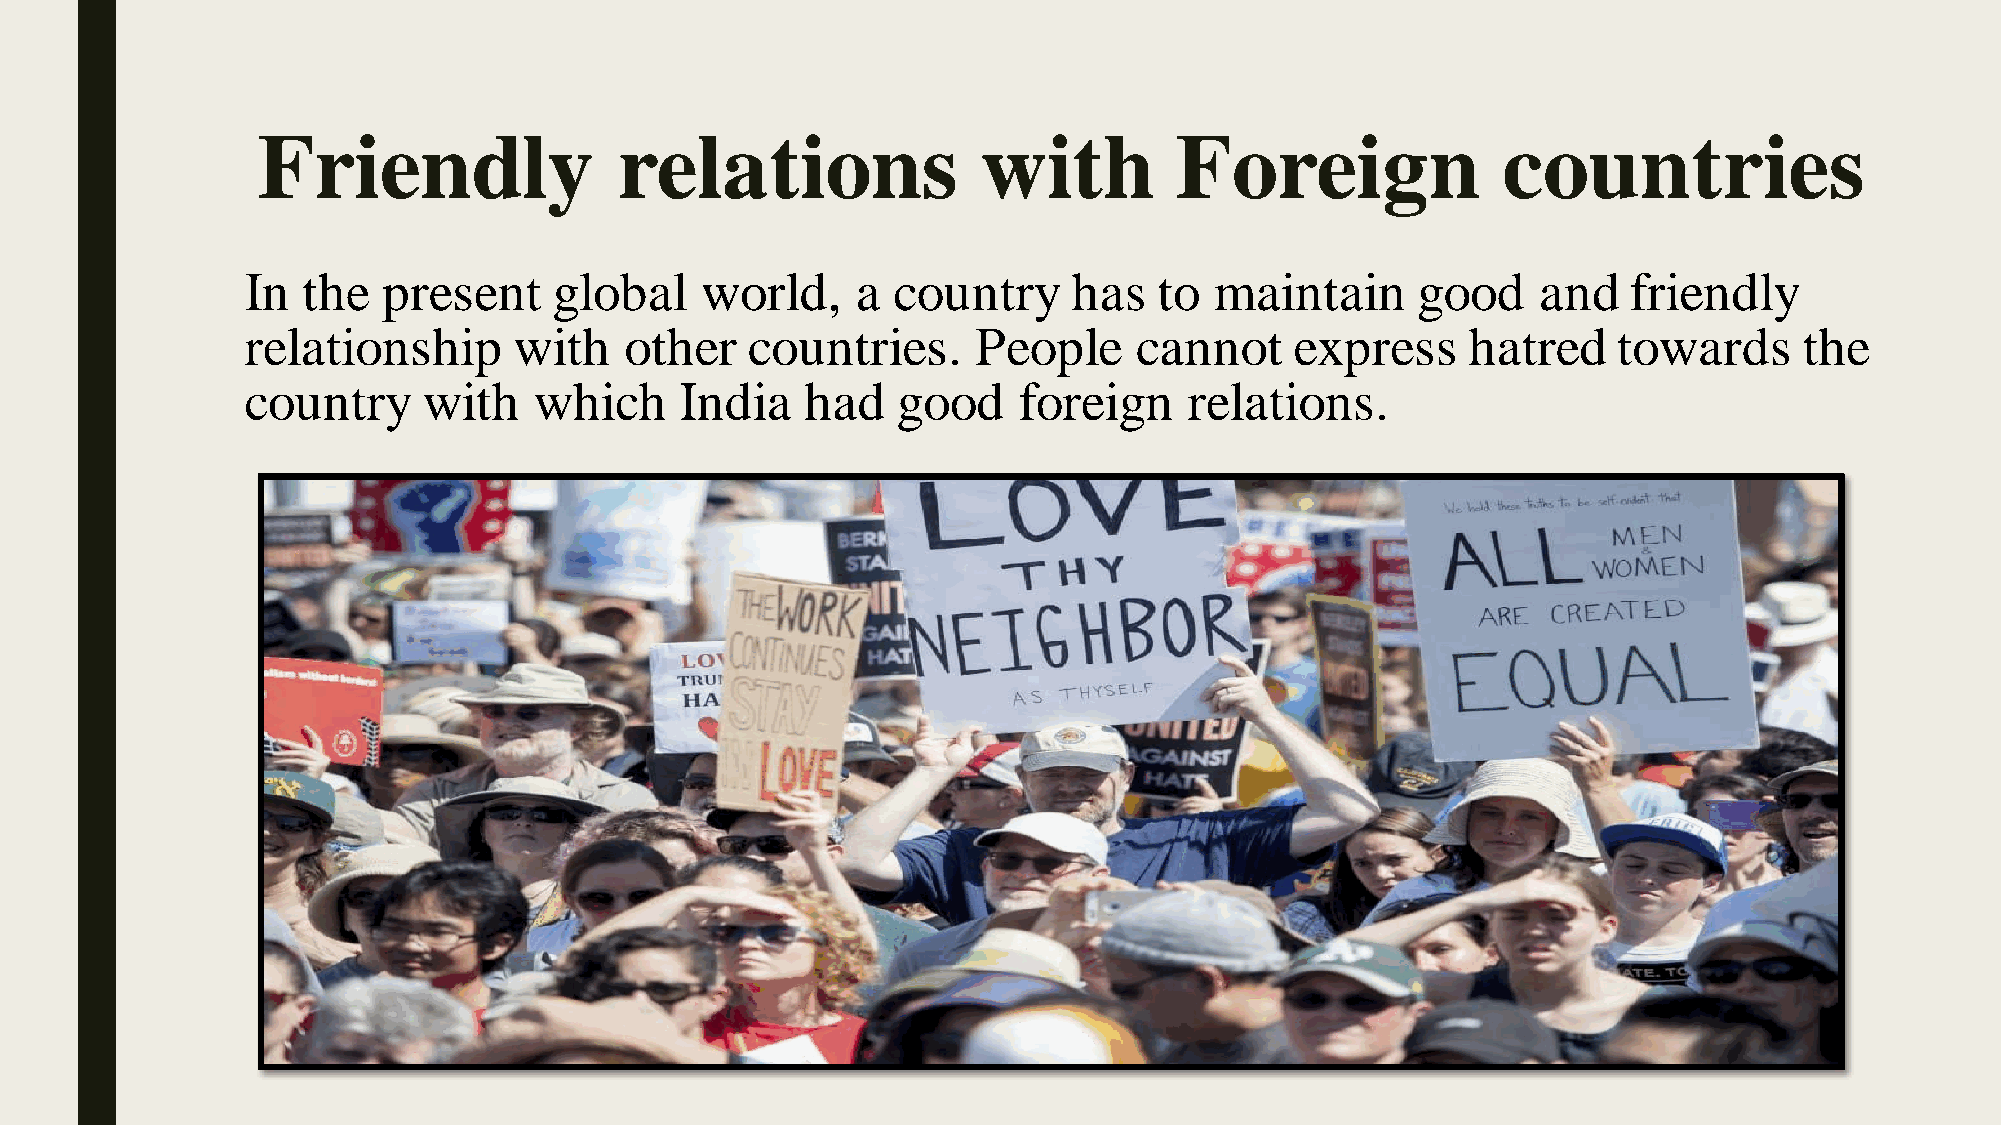
Friendly                relations               with         Foreign              countries
 In  the  present     global   world,     a country     has   to maintain      good    and   friendly
 relationship      with   other   countries.      People    cannot     express    hatred    towards     the
 country     with   which     India   had   good    foreign     relations.